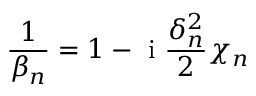
\frac { 1 } { \beta _ { n } } = 1 - \mathrm { ~ i ~ } \frac { \delta _ { n } ^ { 2 } } { 2 } \chi _ { n }